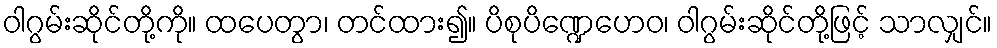
ဝါဂွမ်းဆိုင်တို့ကို။ ထပေတွာ၊ တင်ထား၍။ ပိစုပိဏ္ဍေဟေဝ၊ ဝါဂွမ်းဆိုင်တို့ဖြင့် သာလျှင်။